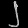
Digit: ၂